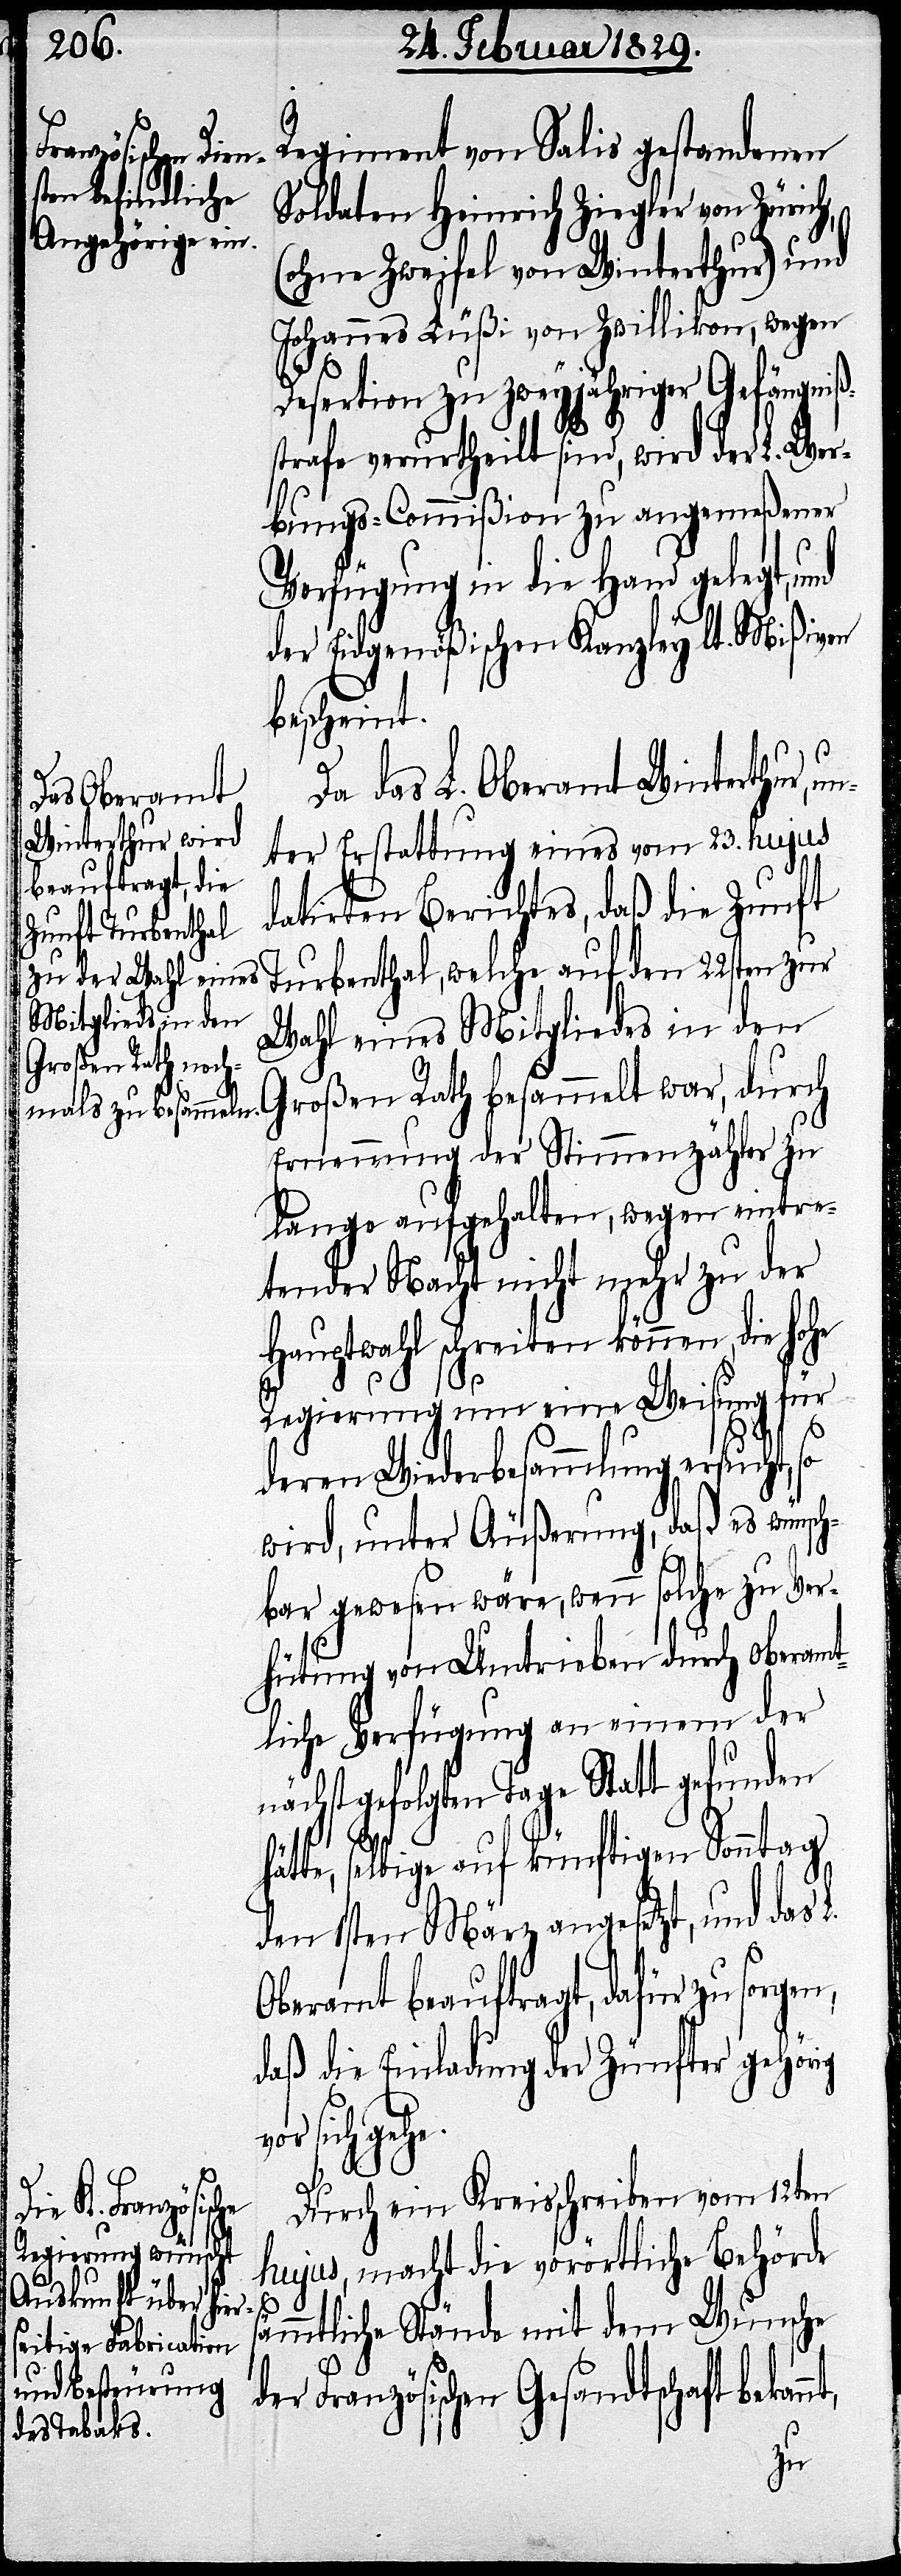
Regiment von Salis gestandenen
Soldaten Heinrich Ziegler von Zürich,
(ohne Zweifel von Winterthur) und
Johannes Lüßi von Zwillikon, wegen
Desertion zu zweyjähriger Gefängniß¬
strafe verurtheilt sind, wird der L. Wer¬
bungs-Commißion zu angemeßener
Verfügung in die Hand gelegt, und
der Eidgenößischen Kanzley lt. Mißiven
bescheint.
Da das L. Oberamt Winterthur,
unter Erstattung eines vom 23. hujus
datirten Berichtes, daß die Zunft
Turbenthal, welche auf den 22sten zur
Wahl eines Mitgliedes in den
Großen Rath besammelt war, durch
Ernennung der Stimmenzähler zu
lange aufgehalten, wegen eintre¬
tender Nacht nicht mehr zu der
Hauptwahl schreiten können, die hohe
Regierung um eine Weisung für
deren Wiederbesammlung ersucht,
wird, unter Äußerung, daß es wünsch¬
bar gewesen wäre, wenn solche zu Ver¬
hütung von Umtrieben durch oberamt¬
liche Verfügung an einem der
nächstgefolgten Tage Statt gefunden
n,
hätt, selbige auf künftigen Sonntag
den 1sten März angesetzt, und das
Oberamt beauftragt, dafür zu sorge¬
daß die Einladung der Zünfter gehörig
r sich gehe.
Durch ein Kreisschreiben vom 12ten
hujus, macht die vorörtliche Behörde
L.
sämmtliche Stände mit dem Wunsche
Französischen Gesandtschaft bekan¬
nt,